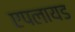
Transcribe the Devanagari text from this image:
एपलायड